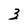
Character: 3